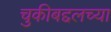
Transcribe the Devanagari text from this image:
चुकीबद्दलच्या